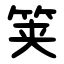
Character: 䇲